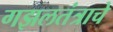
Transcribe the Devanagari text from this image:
गझलतंत्राचे